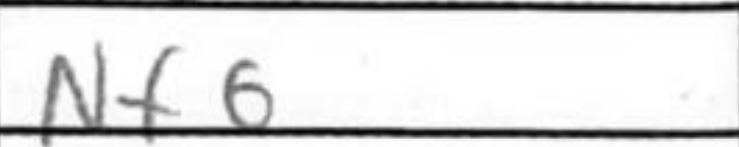
Transcription: Nf6